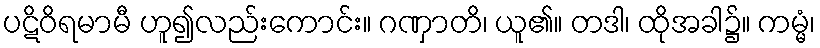
ပဋိဝိရမာမီ ဟူ၍လည်းကောင်း။ ဂဏှာတိ၊ ယူ၏။ တဒါ၊ ထိုအခါ၌။ ကမ္မံ၊